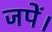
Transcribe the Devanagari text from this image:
जपें।